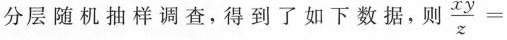
分层随机抽样调查，得到了如下数据，则$$\frac { x y } { z } =$$___.